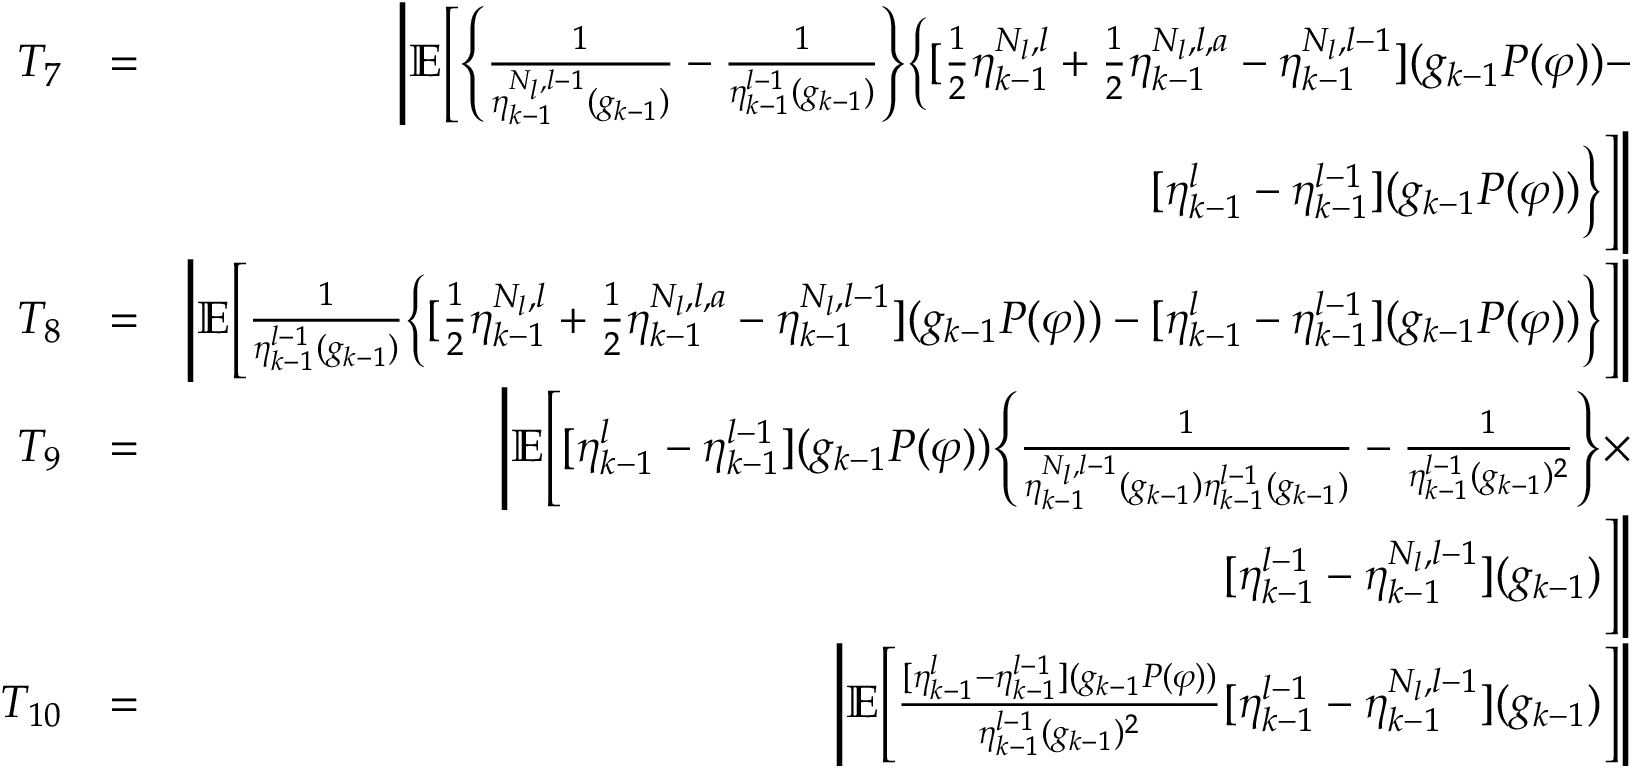
\begin{array} { r l r } { T _ { 7 } } & { = } & { \Bigg | \mathbb { E } \Bigg [ \Bigg \{ \frac { 1 } { \eta _ { k - 1 } ^ { N _ { l } , l - 1 } ( g _ { k - 1 } ) } - \frac { 1 } { \eta _ { k - 1 } ^ { l - 1 } ( g _ { k - 1 } ) } \Bigg \} \Big \{ [ \frac { 1 } { 2 } \eta _ { k - 1 } ^ { N _ { l } , l } + \frac { 1 } { 2 } \eta _ { k - 1 } ^ { N _ { l } , l , a } - \eta _ { k - 1 } ^ { N _ { l } , l - 1 } ] ( g _ { k - 1 } P ( \varphi ) ) - } \\ & { } & { [ \eta _ { k - 1 } ^ { l } - \eta _ { k - 1 } ^ { l - 1 } ] ( g _ { k - 1 } P ( \varphi ) ) \Big \} \Bigg ] \Bigg | } \\ { T _ { 8 } } & { = } & { \Bigg | \mathbb { E } \Bigg [ \frac { 1 } { \eta _ { k - 1 } ^ { l - 1 } ( g _ { k - 1 } ) } \Big \{ [ \frac { 1 } { 2 } \eta _ { k - 1 } ^ { N _ { l } , l } + \frac { 1 } { 2 } \eta _ { k - 1 } ^ { N _ { l } , l , a } - \eta _ { k - 1 } ^ { N _ { l } , l - 1 } ] ( g _ { k - 1 } P ( \varphi ) ) - [ \eta _ { k - 1 } ^ { l } - \eta _ { k - 1 } ^ { l - 1 } ] ( g _ { k - 1 } P ( \varphi ) ) \Big \} \Bigg ] \Bigg | } \\ { T _ { 9 } } & { = } & { \Bigg | \mathbb { E } \Bigg [ [ \eta _ { k - 1 } ^ { l } - \eta _ { k - 1 } ^ { l - 1 } ] ( g _ { k - 1 } P ( \varphi ) ) \Bigg \{ \frac { 1 } { \eta _ { k - 1 } ^ { N _ { l } , l - 1 } ( g _ { k - 1 } ) \eta _ { k - 1 } ^ { l - 1 } ( g _ { k - 1 } ) } - \frac { 1 } { \eta _ { k - 1 } ^ { l - 1 } ( g _ { k - 1 } ) ^ { 2 } } \Bigg \} \times } \\ & { } & { [ \eta _ { k - 1 } ^ { l - 1 } - \eta _ { k - 1 } ^ { N _ { l } , l - 1 } ] ( g _ { k - 1 } ) \Bigg ] \Bigg | } \\ { T _ { 1 0 } } & { = } & { \Bigg | \mathbb { E } \Bigg [ \frac { [ \eta _ { k - 1 } ^ { l } - \eta _ { k - 1 } ^ { l - 1 } ] ( g _ { k - 1 } P ( \varphi ) ) } { \eta _ { k - 1 } ^ { l - 1 } ( g _ { k - 1 } ) ^ { 2 } } [ \eta _ { k - 1 } ^ { l - 1 } - \eta _ { k - 1 } ^ { N _ { l } , l - 1 } ] ( g _ { k - 1 } ) \Bigg ] \Bigg | } \end{array}